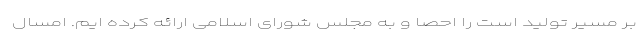
بر مسیر تولید است را احصا و به مجلس شورای اسلامی ارائه کرده ایم. امسال